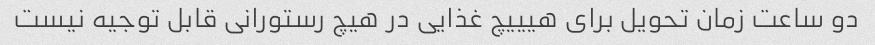
دو ساعت زمان تحویل برای هیییچ غذایی در هیچ رستورانی قابل توجیه نیست